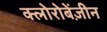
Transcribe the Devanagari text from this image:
क्लोरोबेंज़ीन